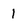
Character: 1